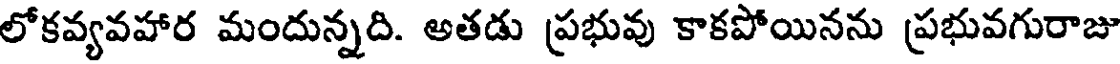
లోకవ్యవహార మందున్నది. అతడు ప్రభువు కాకపోయినను ప్రభువగురాజు